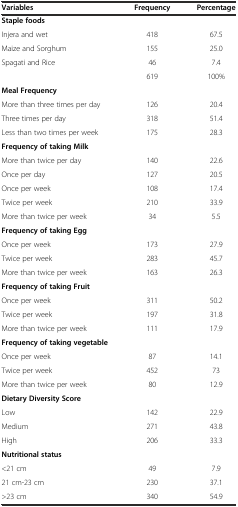
| Variables | Frequency | Percentage |
 | --- | --- | --- |
 | Staple foods |  |  |
 | Injera and wet | 418 | 67.5 |
 | Maize and Sorghum | 155 | 25.0 |
 | Spagati and Rice | 46 | 7.4 |
 |  | 619 | 100% |
 | Meal Frequency |  |  |
 | More than three times per day | 126 | 20.4 |
 | Three times per day | 318 | 51.4 |
 | Less than two times per week | 175 | 28.3 |
 | Frequency of taking Milk |  |  |
 | More than twice per day | 140 | 22.6 |
 | Once per day | 127 | 20.5 |
 | Once per week | 108 | 17.4 |
 | Twice per week | 210 | 33.9 |
 | More than twice per week | 34 | 5.5 |
 | Frequency of taking Egg |  |  |
 | Once per week | 173 | 27.9 |
 | Twice per week | 283 | 45.7 |
 | More than twice per week | 163 | 26.3 |
 | Frequency of taking Fruit |  |  |
 | Once per week | 311 | 50.2 |
 | Twice per week | 197 | 31.8 |
 | More than twice per week | 111 | 17.9 |
 | Frequency of taking vegetable |  |  |
 | Once per week | 87 | 14.1 |
 | Twice per week | 452 | 73 |
 | More than twice per week | 80 | 12.9 |
 | Dietary Diversity Score |  |  |
 | Low | 142 | 22.9 |
 | Medium | 271 | 43.8 |
 | High | 206 | 33.3 |
 | Nutritional status |  |  |
 | <21 cm | 49 | 7.9 |
 | 21 cm-23 cm | 230 | 37.1 |
 | >23 cm | 340 | 54.9 |